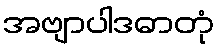
အဗျာပါဒဓာတုံ